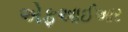
એફઆઈઆર